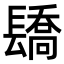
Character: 𨲭